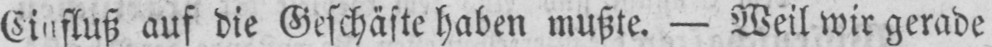
auf die Geschäfte haben mußte. - Weil wir gerade